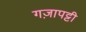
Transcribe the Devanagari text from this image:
गज़ापट्टी